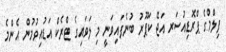
ފިލްމްގެ ޕްރޮޑިއުސަރ އަޖޭ ކަޕޫރު ބުނެފައިވަނީ މި ލަވައިގެ ޓްރެކް އަޑުއިވުމުން އެންމެ